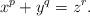
LaTeX: \begin{align*} x^p+y^q={z^r}.\end{align*}